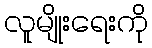
လူမျိုးရေးကို